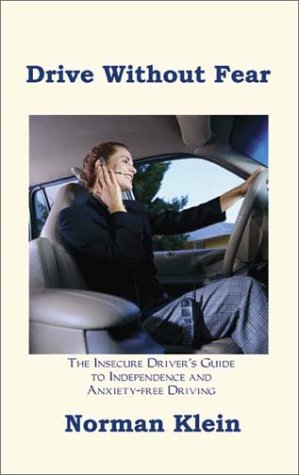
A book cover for Drive Without Fear: The Insecure Driver's Guide to Independence; Norman Klein; Test Preparation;